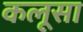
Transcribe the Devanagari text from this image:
कलूसा